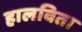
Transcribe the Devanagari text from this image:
हालविता